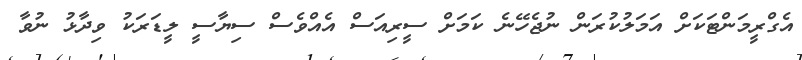
އެގްރީމަންޓަކަށް އަމަލުކުރަން ނުޖެހޭނެ ކަމަށް ސީރިއަސް އެއްވެސް ސިޔާސީ ލީޑަރަކު ވިދާޅު ނުވާ